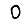
Digit: 0